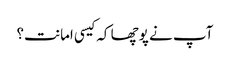
آپ نے پوچھا کہ کیسی امانت؟